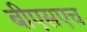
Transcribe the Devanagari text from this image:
बीएसएच